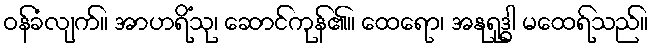
ဝန်ခံလျက်။ အာဟရိံသု၊ ဆောင်ကုန်၏။ ထေရော၊ အနုရုဒ္ဓါ မထေရ်သည်။